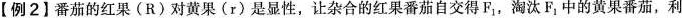
【例2】番茄的红果(R)对黄果(r)是显性，让杂合的红果番茄自交得F_{1}，淘汰F_{1}中的黄果番茄，利